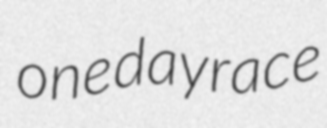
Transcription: one day race